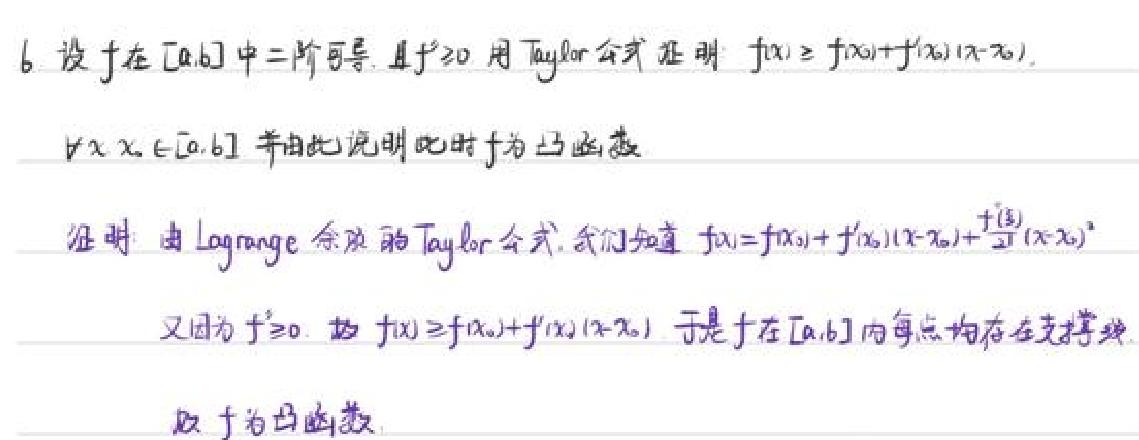
6. 设$f$在$[a,b]$中二阶可导，且$f''\geq0$，用Taylor公式证明$f(x)\geq f(x_0)+f'(x_0)(x - x_0)$，
$\forall x,x_0\in[a,b]$并由此说明此时$f$为凸函数。
证明：由Lagrange余项的Taylor公式，我们知道$f(x)=f(x_0)+f'(x_0)(x - x_0)+\frac{f''(\xi)}{2!}(x - x_0)^2$
又因为$f''\geq0$，故$f(x)\geq f(x_0)+f'(x_0)(x - x_0)$，于是$f$在$[a,b]$内每点均存在支撑线，
故$f$为凸函数。